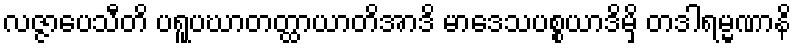
လဇ္ဇာပေသီတိ ပရူပဃာတတ္ထာယာတိအာဒိ မာဒေသပစ္စယာဒိမှိ တဒါရမ္မဏာနိ